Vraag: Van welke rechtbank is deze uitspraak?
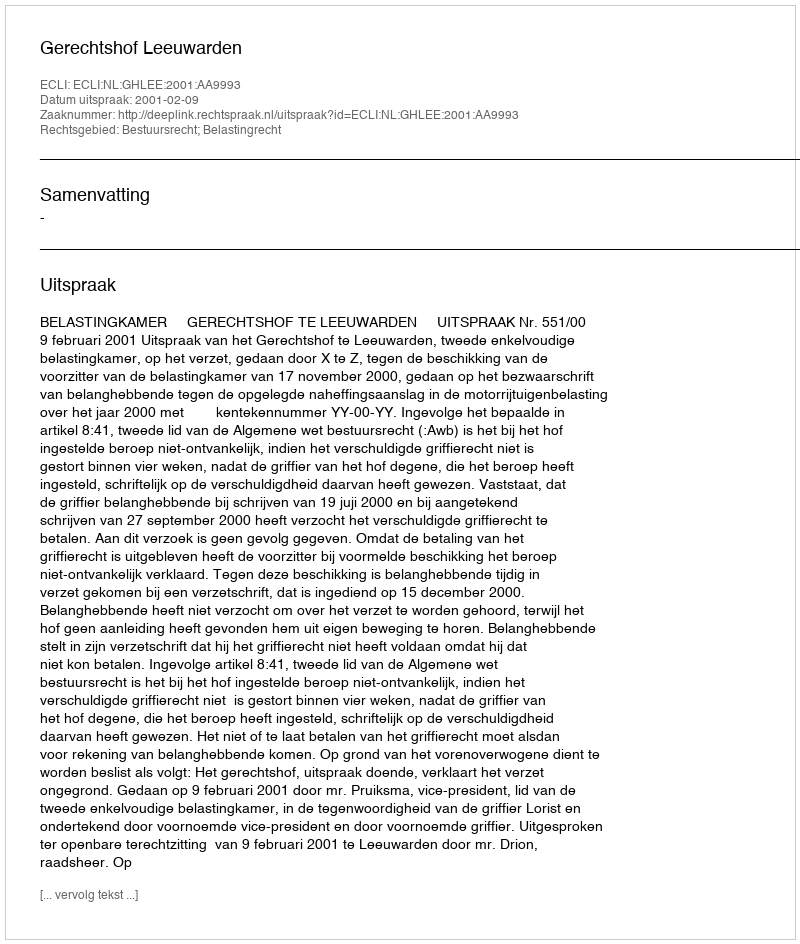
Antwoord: Gerechtshof Leeuwarden